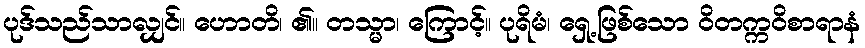
ပုဒ်သည်သာလျှင်။ ဟောတိ၊ ၏။ တသ္မာ၊ ကြောင့်။ ပုရိမံ၊ ရှေ့ဖြစ်သော ဝိတက္ကဝိစာရာနံ